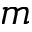
m